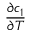
\frac { \partial c _ { 1 } } { \partial T }